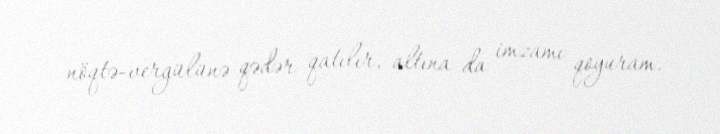
nöqtə-vergülünə qədər qatılır, altına da imzamı qoyuram.